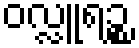
ဝလ္လူရဉ္စ